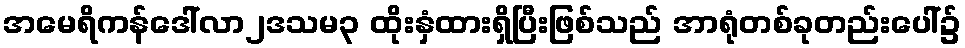
အမေရိကန်ဒေါ်လာ၂ဒသမ၃ ထိုးနှံထားရှိပြီးဖြစ်သည် အာရုံတစ်ခုတည်းပေါ်၌